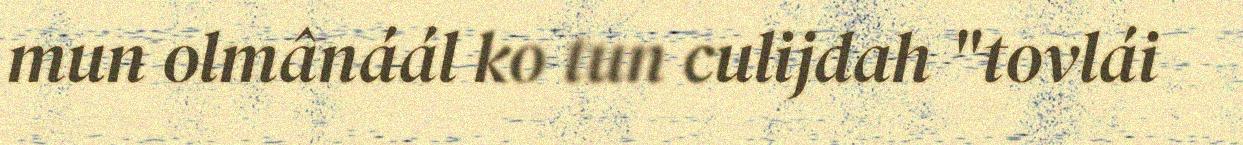
mun olmânáál ko tun culijdah "tovlái